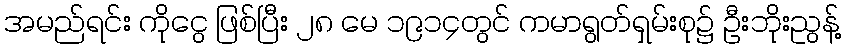
အမည်ရင်း ကိုငွေ ဖြစ်ပြီး ၂၈ မေ ၁၉၁၄တွင် ကမာရွတ်ရှမ်းစု၌ ဦးဘိုးညွန့်